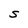
Character: S